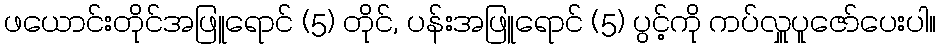
ဖယောင်းတိုင်အဖြူရောင် (5) တိုင်, ပန်းအဖြူရောင် (5) ပွင့်ကို ကပ်လှူပူဇော်ပေးပါ။